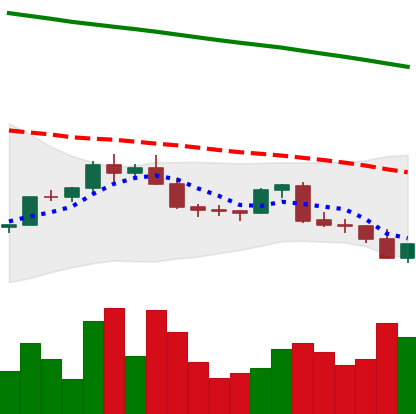
Ticker: EOS-USD
Chart end date: 2022-02-22
Forward return: -3.507%
Label: down_3_5